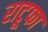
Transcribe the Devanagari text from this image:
राटूफा